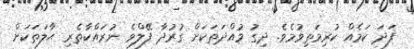
ފަދަ ކަމެއް ކުރިމަތިވުމެވެ. ދިގު މުއްދަތަކަށް ގުރުދާ ފޭލްވެ ނުރައްކާތެރި ޙާލަތަކަށް